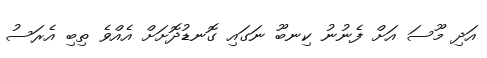
އަދި މޫސަ އަށް ފެނުނު ކިނބޫ ނަގައި ގޮނޑުދޮށަށް އެއްވެ ތިބި އެރަސު